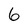
Character: 6